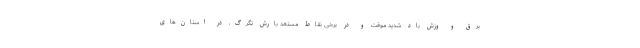
برق و وزش باد شدید موقت و در برخی نقاط مستعد بارش تگرگ، در استان‌های